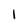
Character: I